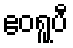
ဧဝရူပီ